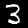
Digit: 3